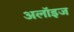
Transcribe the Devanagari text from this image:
अलॉइज